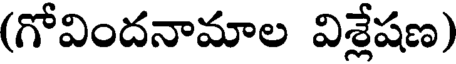
(గోవిందనామాల విశ్లేషణ)